Report of an investigation of the epidemic of malarial fever in Assam, or, kala-azar
Disease focus: Malaria
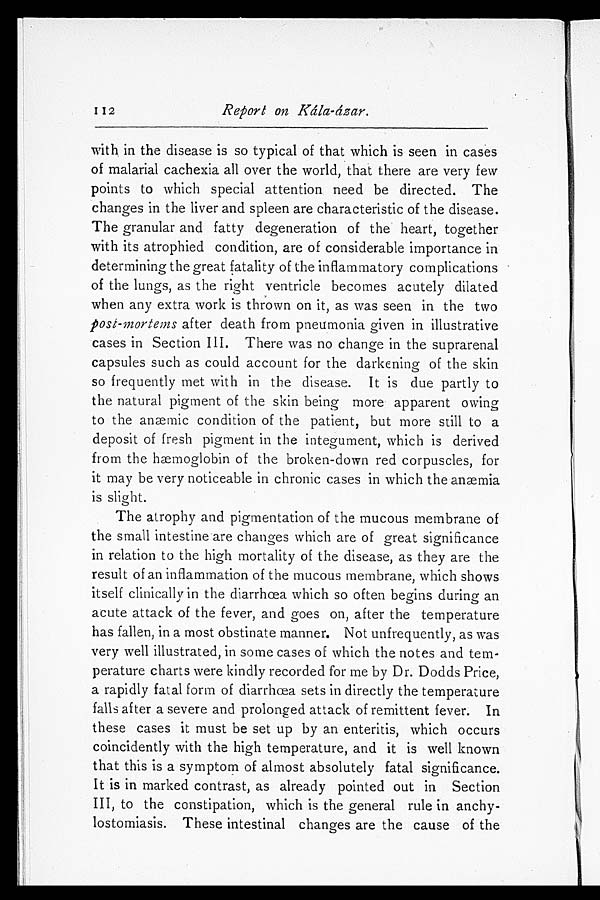
Report on Kála-ázar.
with in the disease is so typical of that which is seen in cases
of malarial cachexia all over the world, that there are very few
points to which special attention need be directed. The
changes in the liver and spleen are characteristic of the disease.
The granular and fatty degeneration of the heart, together
with its atrophied condition, are of considerable importance in
determining the great fatality of the inflammatory complications
of the lungs, as the right ventricle becomes acutely dilated
when any extra work is thrown on it, as was seen in the two
post-mortems after death from pneumonia given in illustrative
cases in Section III. There was no change in the suprarenal
capsules such as could account for the darkening of the skin
so frequently met with in the disease. It is due partly to
the natural pigment of the skin being more apparent owing
to the anæmic condition of the patient, but more still to a
deposit of fresh pigment in the integument, which is derived
from the hæmoglobin of the broken-down red corpuscles, for
it may be very noticeable in chronic cases in which the anæmia
is slight.
The atrophy and pigmentation of the mucous membrane of
the small intestine are changes which are of great significance
in relation to the high mortality of the disease, as they are the
result of an inflammation of the mucous membrane, which shows
itself clinically in the diarrhœa which so often begins during an
acute attack of the fever, and goes on, after the temperature
has fallen, in a most obstinate manner. Not unfrequently, as was
very well illustrated, in some cases of which the notes and tem
- p e r a t u r e c h a r t s w e r e k i n d l y r e c o r d e d f o r m e b y D r . D o d d s P r i c e ,
a rapidly fatal form of diarrhœa sets in directly the temperature
falls after a severe and prolonged attack of remittent fever. In
these cases it must be set up by an enteritis, which occurs
coincidently with the high temperature, and it is well known
that this is a symptom of almost absolutely fatal significance.
It is in marked contrast, as already pointed out in Section
III, to the constipation, which is the general rule in anchy
- l o s t o m i a s i s . T h e s e i n t e s t i n a l c h a n g e s a r e t h e c a u s e o f t h e
112